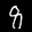
Label: 8